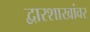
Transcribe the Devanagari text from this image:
द्वारशाखांवर